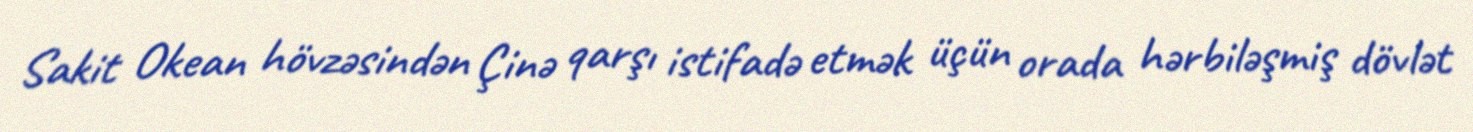
Sakit Okean hövzəsindən Çinə qarşı istifadə etmək üçün orada hərbiləşmiş dövlət